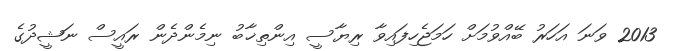
2013 ވަނަ އަހަރު ބޭއްވުމަށް ހަމަޖެހިފައިވާ ރިޔާސީ އިންތިޚާބު ނިމެންދެން ރައީސް ނަޝީދުގެ